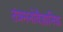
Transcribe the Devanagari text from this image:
तंत्रमनोवैज्ञानिक